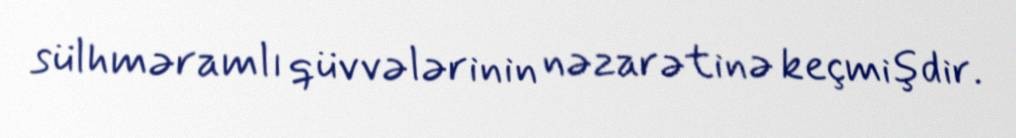
sülhməramlı qüvvələrinin nəzarətinə keçmişdir.